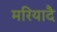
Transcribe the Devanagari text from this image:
मरियादै